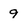
Character: 9